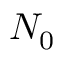
N _ { 0 }